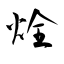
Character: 烇